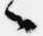
々